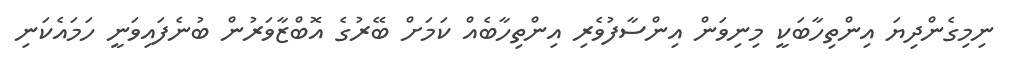
ނިމިގެންދިޔަ އިންތިހާބަކީ މިނިވަން އިންސާފުވެރި އިންތިހާބެއް ކަމަށް ބޭރުގެ އޮބްޒާވަރުން ބުނެފައިވަނީ ހަމައެކަނި